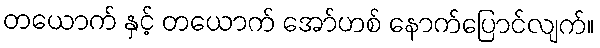
တယောက် နှင့် တယောက် အော်ဟစ် နောက်ပြောင်လျက်။